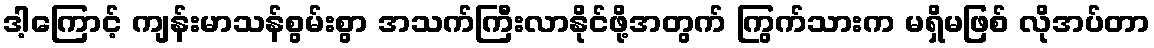
ဒါ့ကြောင့် ကျန်းမာသန်စွမ်းစွာ အသက်ကြီးလာနိုင်ဖို့အတွက် ကြွက်သားက မရှိမဖြစ် လိုအပ်တာ